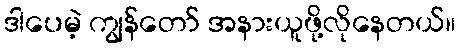
ဒါပေမဲ့ ကျွန်တော် အနားယူဖို့လိုနေတယ်။